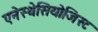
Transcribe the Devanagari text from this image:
एनेस्थेसियोजिस्ट